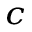
^ c